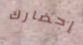
إحضارك